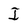
Character: I